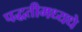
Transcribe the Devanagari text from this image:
पद्धतीमध्यधे